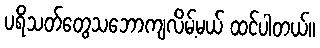
ပရိသတ်တွေသဘောကျလိမ့်မယ် ထင်ပါတယ်။